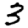
Digit: 3